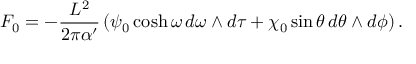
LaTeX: F _ { 0 } = - \frac { L ^ { 2 } } { 2 \pi \alpha ^ { \prime } } \left( \psi _ { 0 } \cosh \omega \, d \omega \wedge d \tau + \chi _ { 0 } \sin \theta \, d \theta \wedge d \phi \right) .